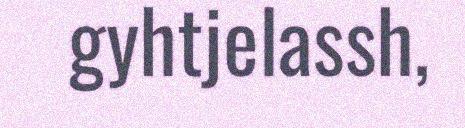
gyhtjelassh,